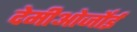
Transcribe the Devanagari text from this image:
देमीओर्जोई